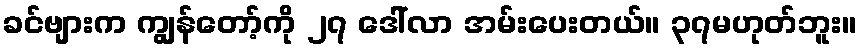
ခင်ဗျားက ကျွန်တော့်ကို ၂၇ ဒေါ်လာ အမ်းပေးတယ်။ ၃၇မဟုတ်ဘူး။